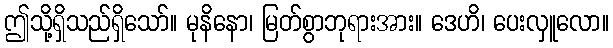
ဤသို့ရှိသည်ရှိသော်။ မုနိနော၊ မြတ်စွာဘုရားအား။ ဒေဟိ၊ ပေးလှူလော။